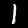
Label: 1